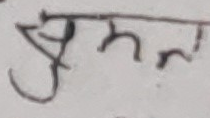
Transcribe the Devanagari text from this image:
उत्तरण